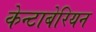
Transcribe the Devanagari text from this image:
केन्टाबेरियन